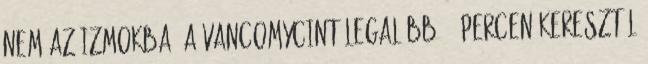
nem az izmokba. A vancomycint legalább 60 percen keresztül